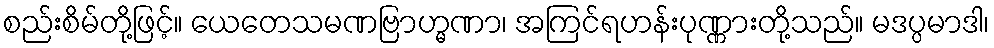
စည်းစိမ်တို့ဖြင့်။ ယေတေသမဏဗြာဟ္မဏာ၊ အကြင်ရဟန်းပုဏ္ဏားတို့သည်။ မဒပ္ပမာဒါ၊